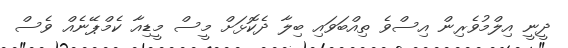
ދީނީ އިލްމުވެރިން އިސްވެ ތިއްބަވައި ބިލާ ދެކޮޅަށް މީސް މީޑިއާ ކެމްޕޭނެއް ވެސް